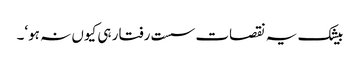
بیشک یہ نقصات سست رفتار ہی کیوں نہ ہو‘۔